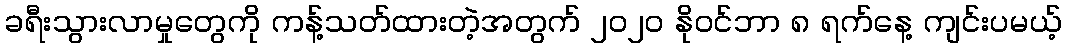
ခရီးသွားလာမှုတွေကို ကန့်သတ်ထားတဲ့အတွက် ၂၀၂၀ နိုဝင်ဘာ ၈ ရက်နေ့ ကျင်းပမယ့်